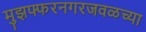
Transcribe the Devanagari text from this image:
मुझफ्फरनगरजवळच्या